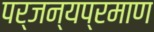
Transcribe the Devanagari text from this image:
पर्जन्यप्रमाण